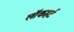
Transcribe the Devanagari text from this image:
लॉकहर्ट